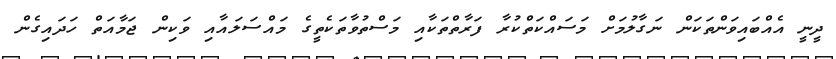
ދީނީ އެއްބައިވަންތަކަން ނަގާލުމަށް މަސައްކަތްކުރާ ފަރާތްތަކާއި މަސްތުވާތަކެތީގެ މައްސަލައާއި ވަކިން ޖަމާއަތް ހަދައިގެން